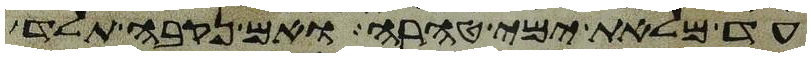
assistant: עד מלאת ימי טהרה ואם נקבה תלד